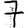
Digit: 7